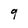
Character: 9